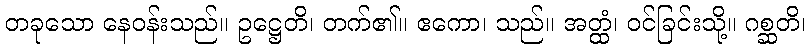
တခုသော နေဝန်းသည်။ ဥဋ္ဌေတိ၊ တက်၏။ ဧကော၊ သည်။ အတ္ထံ၊ ဝင်ခြင်းသို့။ ဂစ္ဆတိ၊